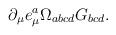
LaTeX: \begin{align*}\partial _\mu e^a_\mu \Omega_{abcd} G_{bcd} .\end{align*}